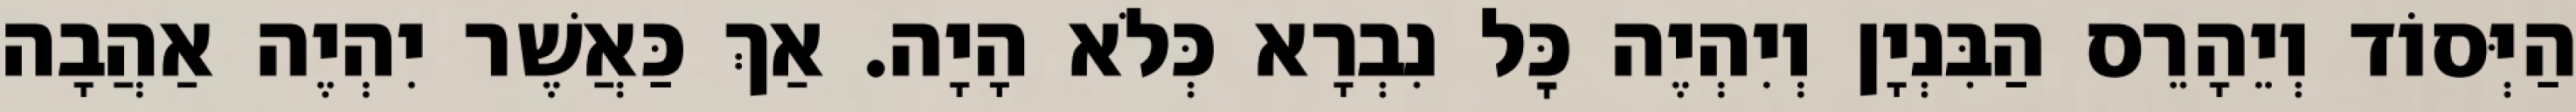
הַיְּסוֹד וְיֵהָרֵס הַבִּנְיָן וְיִהְיֶה כׇּל נִבְרָא כְּלֹא הָיָה. אַךְ כַּאֲשֶׁר יִהְיֶה אַהֲבָה